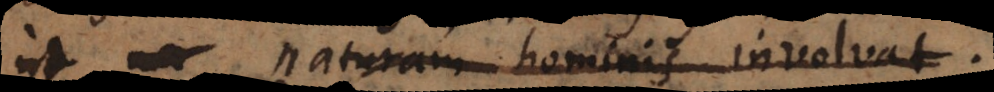
ut naturam auri involvat.